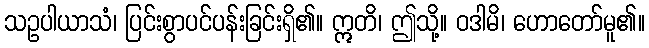
သဥပါယာသံ၊ ပြင်းစွာပင်ပန်းခြင်းရှိ၏။ ဣတိ၊ ဤသို့။ ဝဒါမိ၊ ဟောတော်မူ၏။